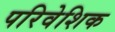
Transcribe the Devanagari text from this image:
परिवेशिक